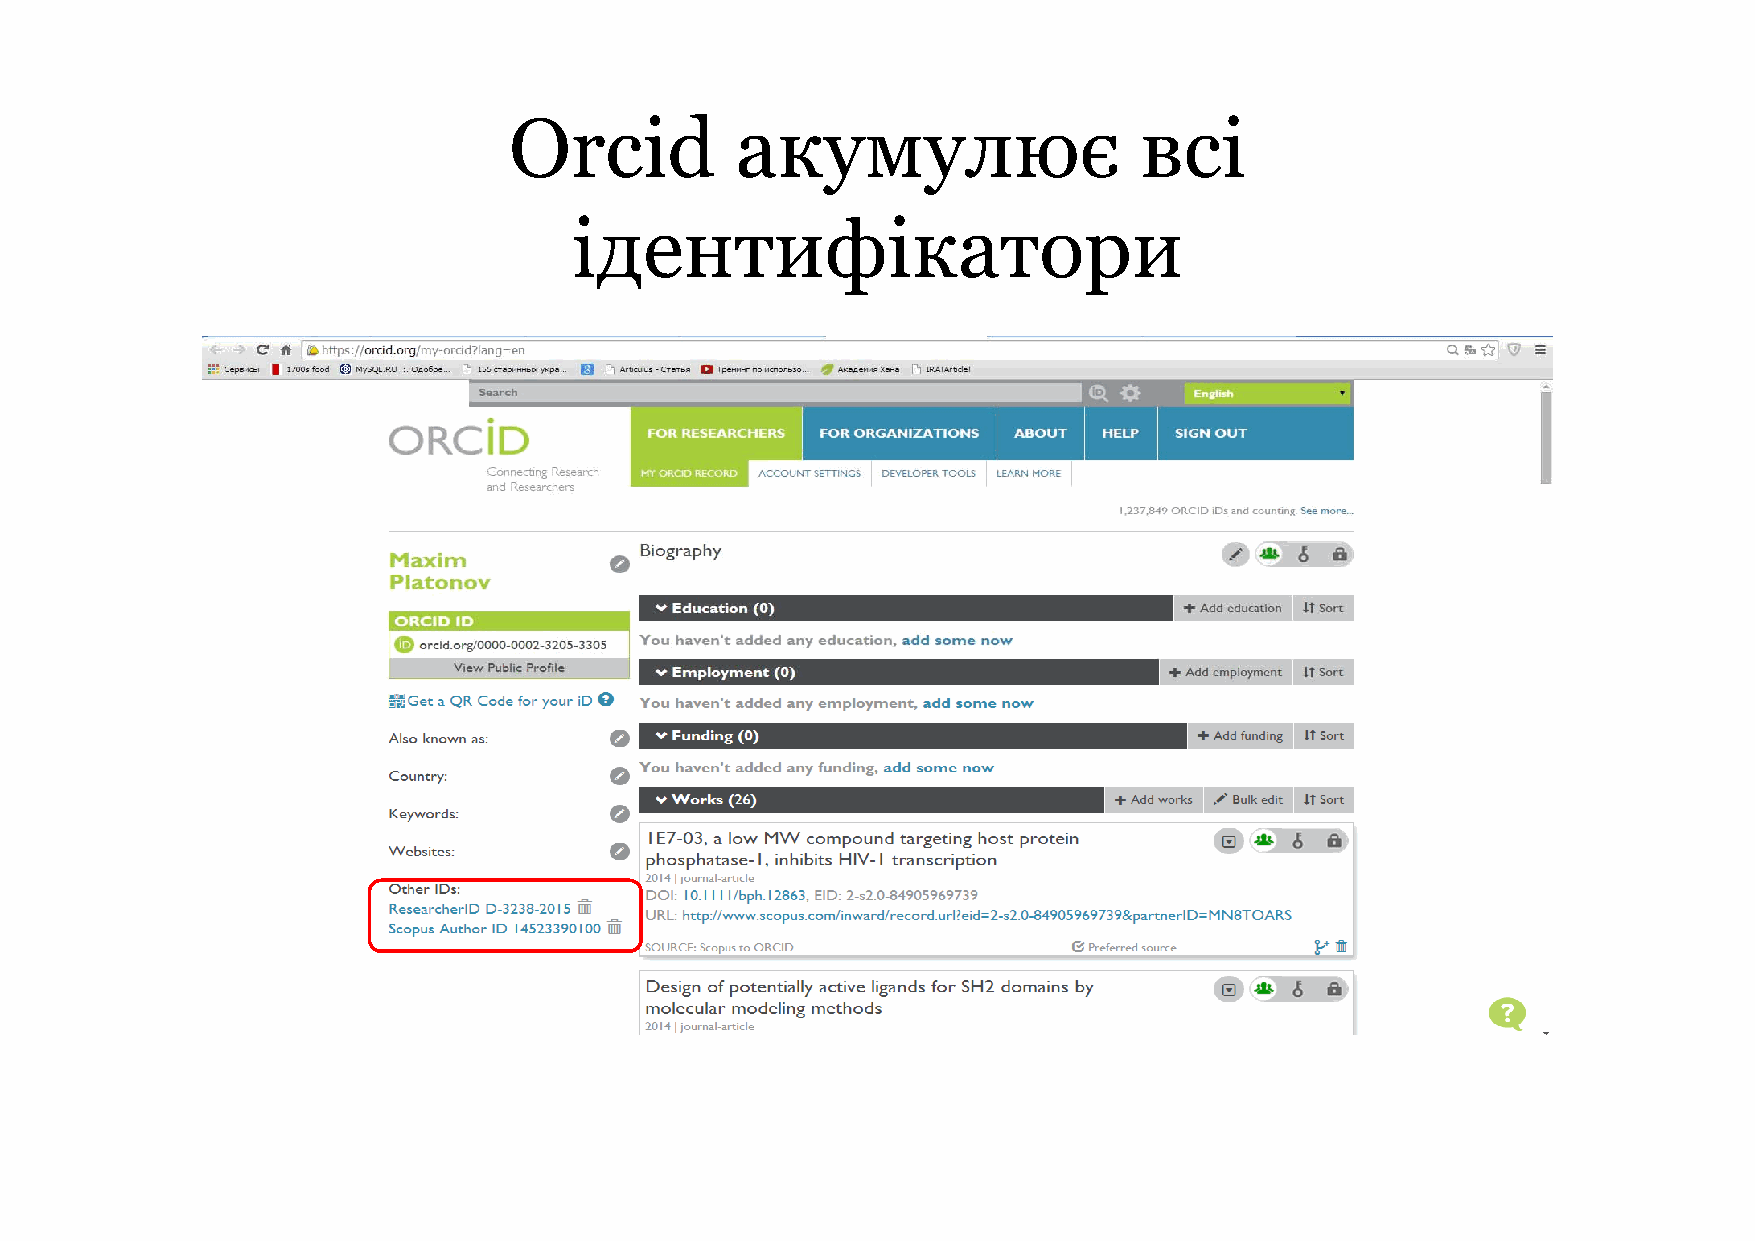
Orcid          акумулює                  всі
 ідентифікатори